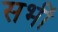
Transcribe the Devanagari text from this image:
सभीं